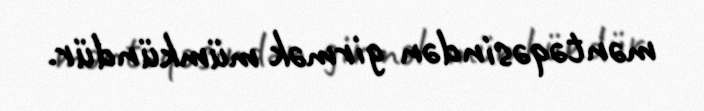
məntəqəsindən girmək mümkündür.